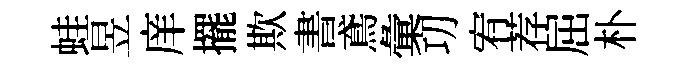
蛙昱庠擺欺書鳶彙㓛宥荐屈朴